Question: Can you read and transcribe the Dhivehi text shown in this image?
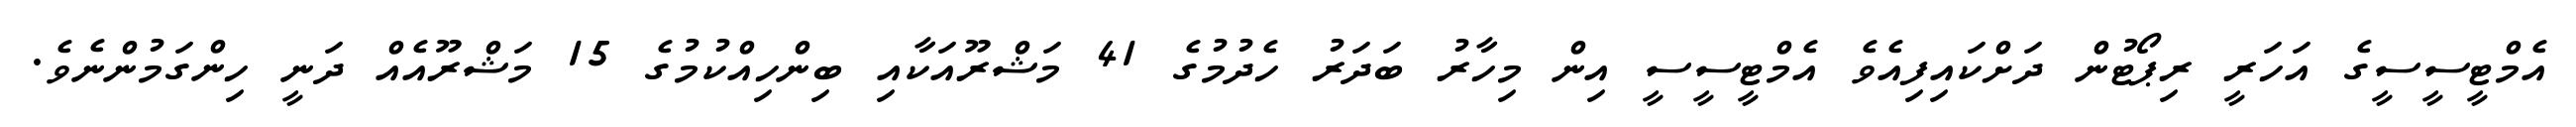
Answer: އެމްޓީސީސީގެ އަހަރީ ރިޕޯޓުން ދަށްކައިފިއެވެ އެމްޓީސީސީ އިން މިހާރު ބަދަރު ހެދުމުގެ 41 މަޝްރޫއަކާއި ބިންހިއްކުމުގެ 15 މަޝްރޫއެއް ދަނީ ހިންގަމުންނެވެ.